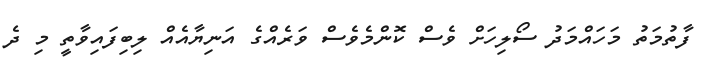
ފާތުމަތު މަހައްމަދު ސޯލިހަށް ވެސް ކޮންމެވެސް ވަރެއްގެ އަނިޔާއެއް ލިބިފައިވާތީ މި ދެ